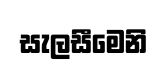
සැලසීමෙනි